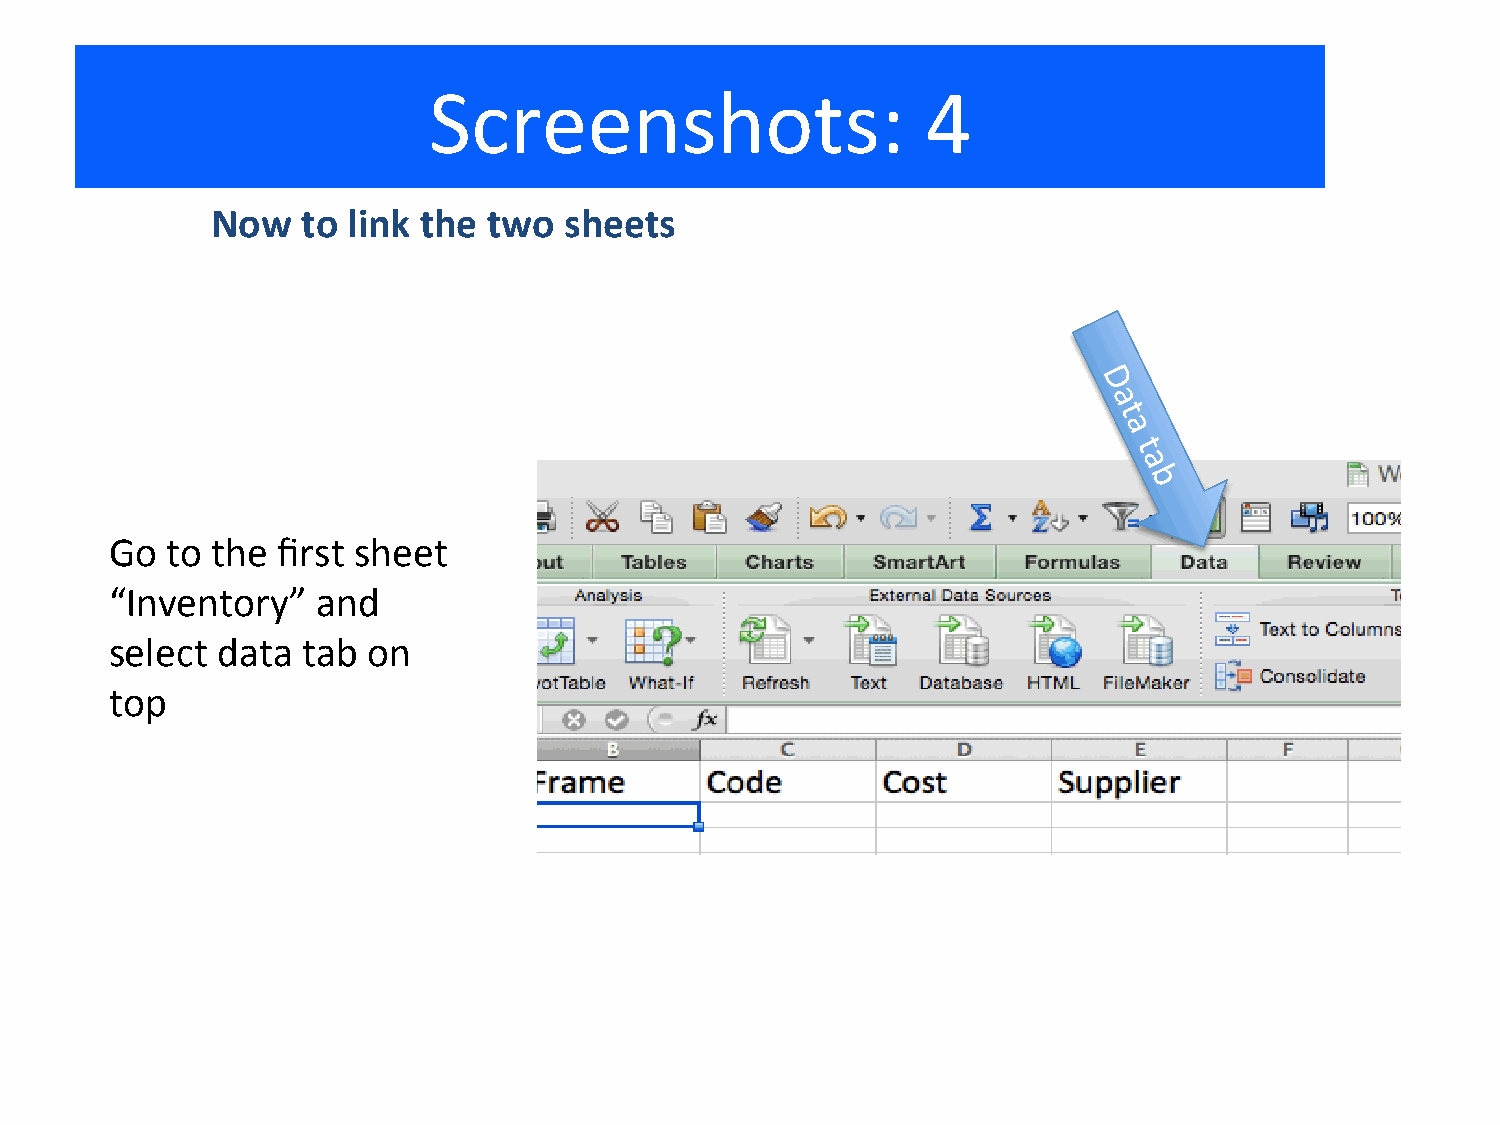
Screenshots:                     4
 Now   to link the two  sheets
 Go  to the first sheet
 “Inventory”   and
 select data  tab on
 top